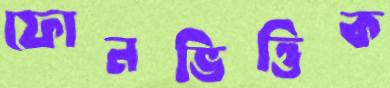
ফোনভিত্তিক